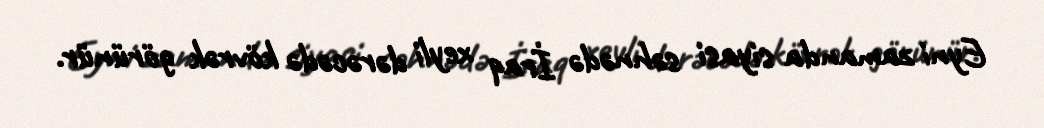
Eyni zamanda siyasi səhnədə İraq xeyli dərəcədə kövrək görünür.